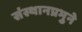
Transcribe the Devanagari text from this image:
संस्थानप्रभुने